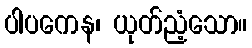
ပါပကေန၊ ယုတ်ညံ့သော။